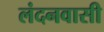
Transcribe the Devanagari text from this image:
लंदनवासी